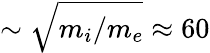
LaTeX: \sim\sqrt{m_{i}/m_{e}}\approx 60